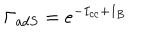
\Gamma _ { a d S } = e ^ { - I _ { c c } + I _ { B } }